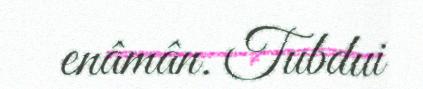
enâmân. Tubdui